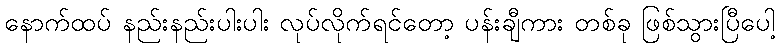
နောက်ထပ် နည်းနည်းပါးပါး လုပ်လိုက်ရင်တော့ ပန်းချီကား တစ်ခု ဖြစ်သွားပြီပေါ့